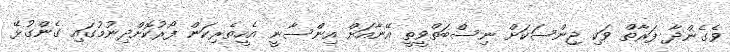
ވެގެންދާ ފަރާތް ވަކި ޖިންސަކަށް ނިސްބަތްވީތީ އޭނާއަށް އިންސާނީ އެހީތެރިކަން ފޯރުކޮށްދިނުމުގައި ގެންގުޅޭ